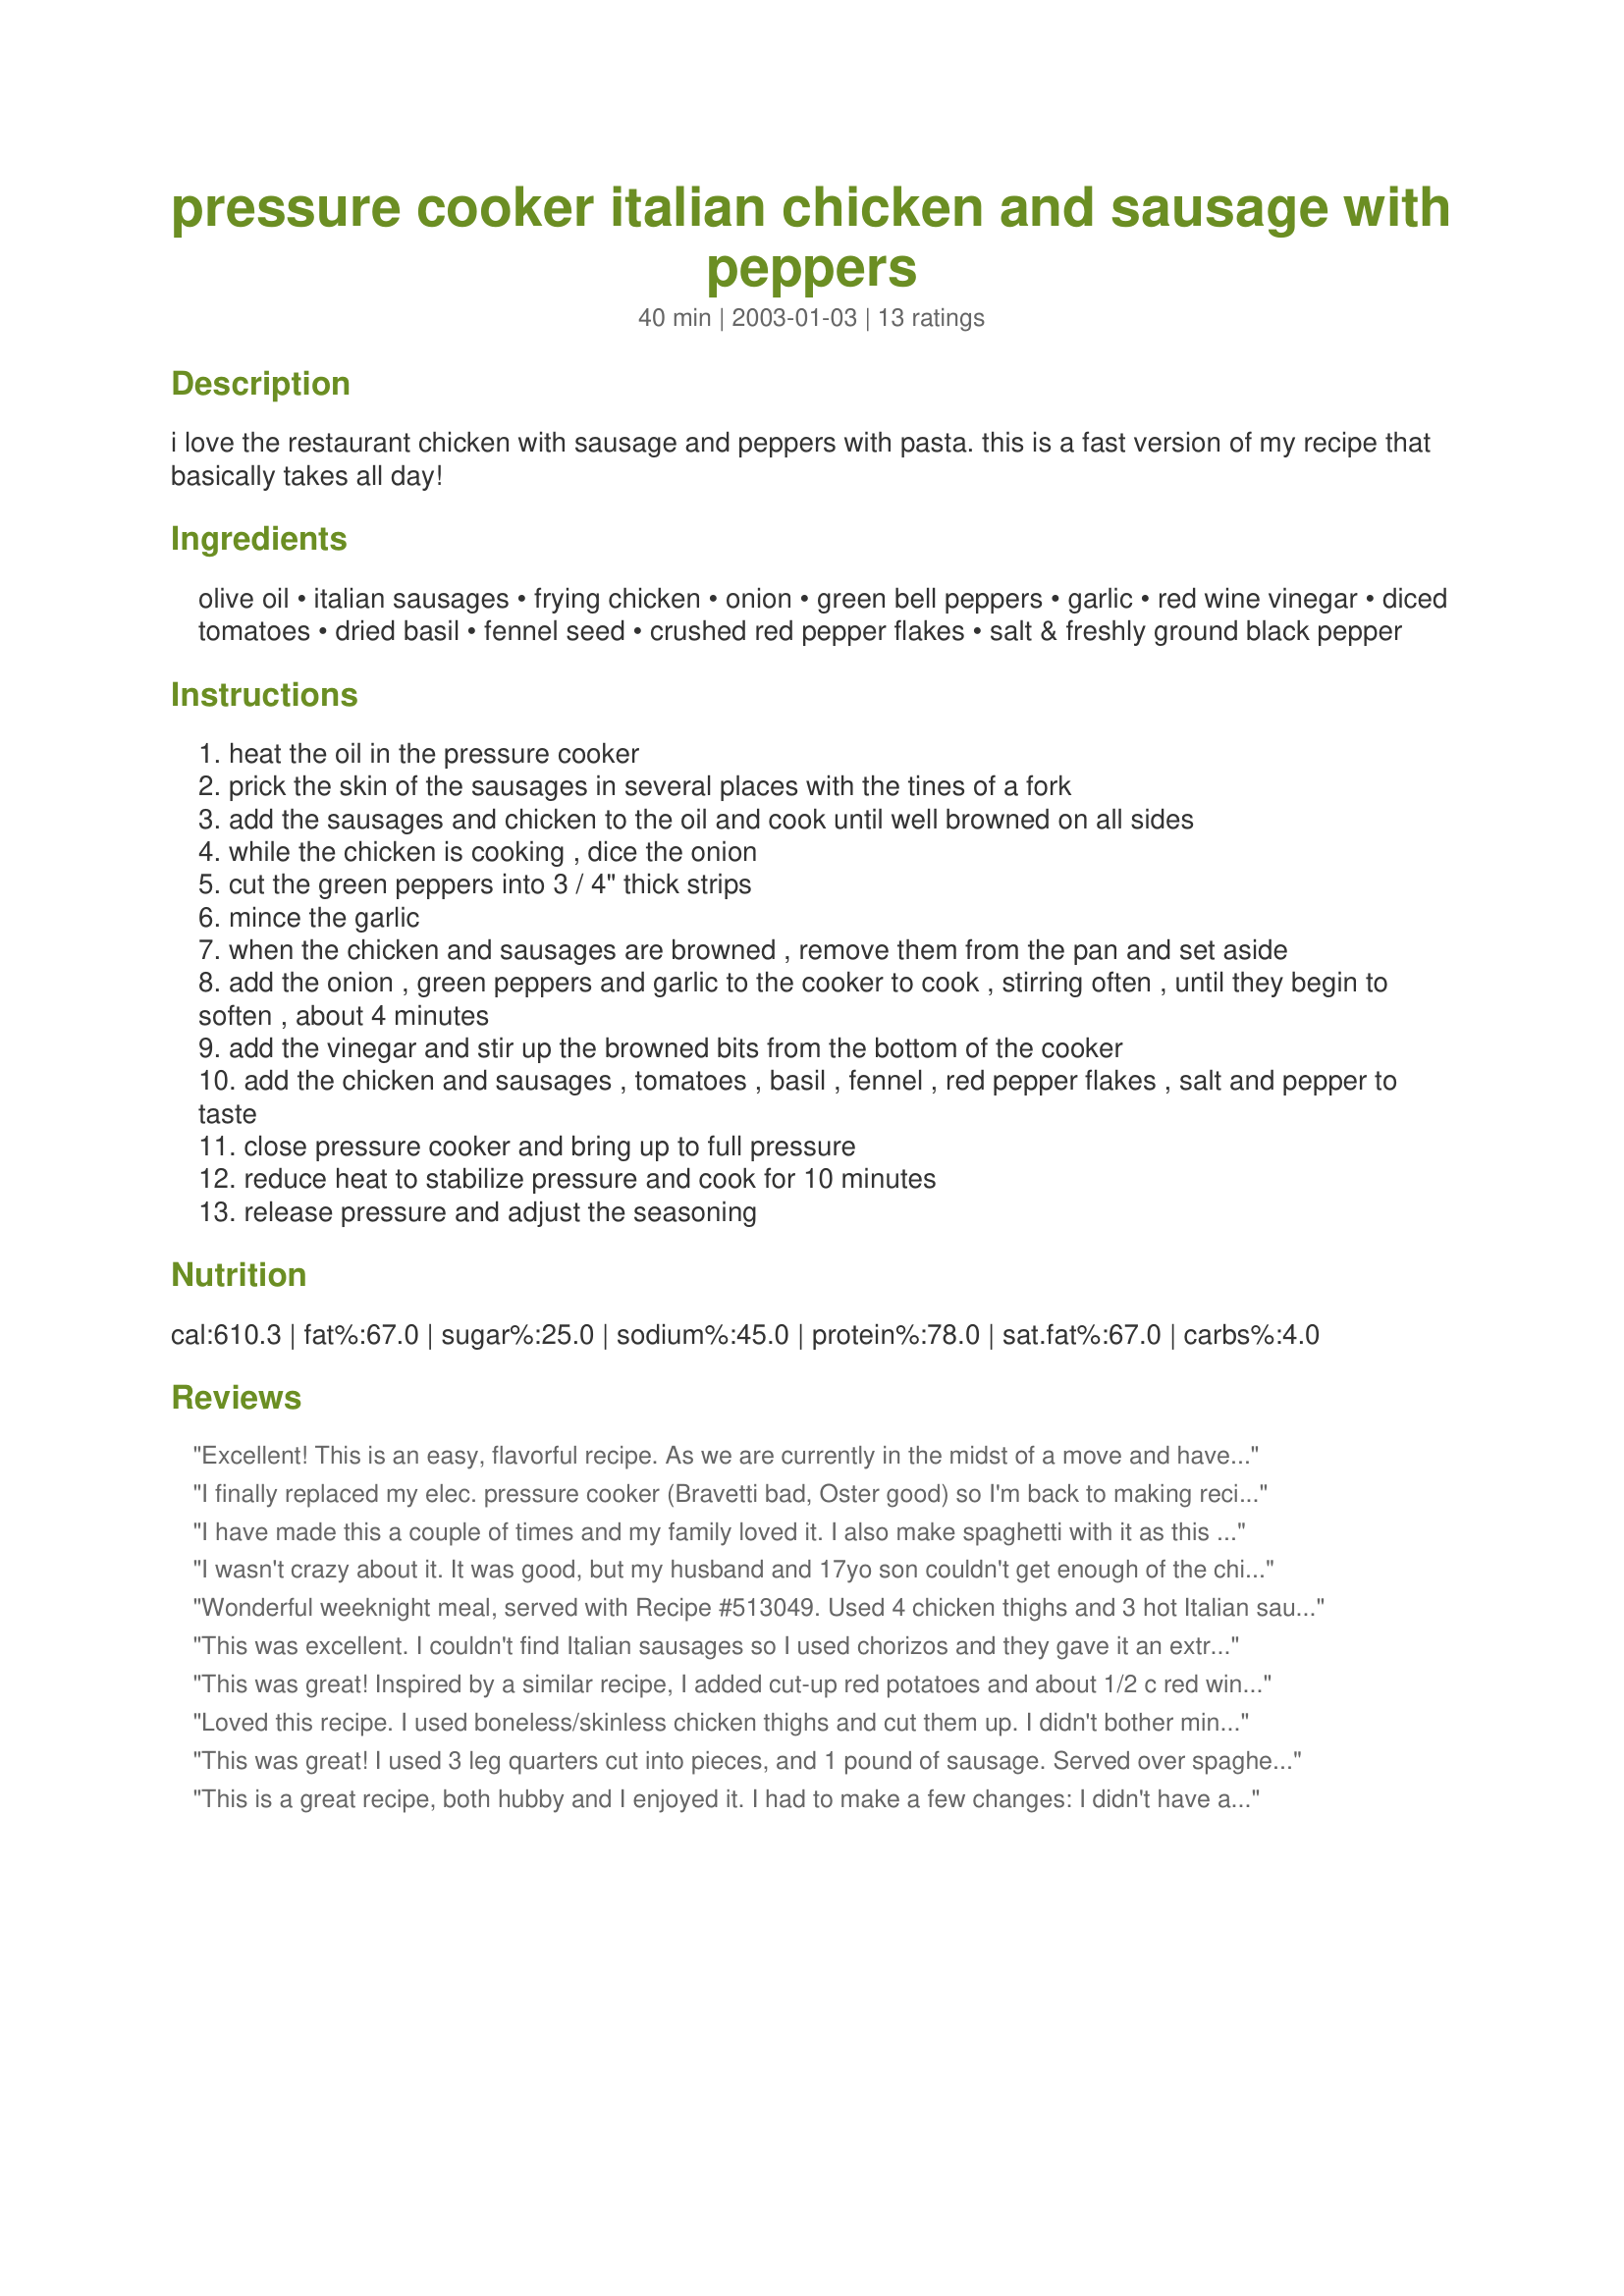
pressure cooker italian chicken and sausage with peppers
Preparation time: 40 minutes

i love the restaurant chicken with sausage and peppers with pasta. this is a fast version of my recipe that basically takes all day!

Ingredients:
olive oil, italian sausages, frying chicken, onion, green bell peppers, garlic, red wine vinegar, diced tomatoes, dried basil, fennel seed, crushed red pepper flakes, salt & freshly ground black pepper

Steps:
heat the oil in the pressure cooker
prick the skin of the sausages in several places with the tines of a fork
add the sausages and chicken to the oil and cook until well browned on all sides
while the chicken is cooking , dice the onion
cut the green peppers into 3 / 4" thick strips
mince the garlic
when the chicken and sausages are browned , remove them from the pan and set aside
add the onion , green peppers and garlic to the cooker to cook , stirring often , until they begin to soften , about 4 minutes
add the vinegar and stir up the browned bits from the bottom of the cooker
add the chicken and sausages , tomatoes , basil , fennel , red pepper flakes , salt and pepper to taste
close pressure cooker and bring up to full pressure
reduce heat to stabilize pressure and cook for 10 minutes
release pressure and adjust the seasoning

Reviews:
Excellent! This is an easy, flavorful recipe. As we are currently in the midst of a move and have but one pot... a pressure cooker... we enjoyed it with a warm flaky loaf of sourdough bread and a garden salad. Very hearty meal that will satisfy the manliest of appetites! Thanks for posting!
I finally replaced my elec. pressure cooker (Bravetti bad, Oster good) so I'm back to making recipes in it. For the chicken I used breasts but everything else did it pretty much as written. Came out very tasty & we enjoyed the hint of licorice flavour from the fennel. Tasty recipe, thanks for sharing.
I have made this a couple of times and my family loved it. I also make spaghetti with it as this comes out a lot like chicken cacciatore. The cooking times are right on the money.
I wasn't crazy about it. It was good, but my husband and 17yo son couldn't get enough of the chicken! Said is was the best and a definite keeper! That makes it highest on my book
Wonderful weeknight meal, served with Recipe #513049. Used 4 chicken thighs and 3 hot Italian sausages, which fed us 2 seniors. I saved the remaining sauce, from which I will discard the congealed fat before topping tomorrow&#039;s potatoes. There may be more gourmet recipes, but this smelled wonderful while cooking and satisfied us completely. I will definitely make this again. Note: used Chef Essentials 6-qt. electric pressure cooker, so extended time at pressure to 12 minutes; after starting cooker&#039;s climb to pressure, I began measuring and rinsing rice for Recipe #513049, which completed before this recipe finished releasing pressure naturally. Made for Zaar Chef Alphabet Soup tag game.
This was excellent. I couldn't find Italian sausages so I used chorizos and they gave it an extra kick but made it a little fatty for me (partner loved it). Next time though I will dice up the chorizos so they are balanced thorughout the dish. This is fantastic food for boys nights, particularly served on rice, and it is great as microwavable leftovers (take the bones out first.)
This was great! Inspired by a similar recipe, I added cut-up red potatoes and about 1/2 c red wine, and 8 oz of mushrooms. This made for a very yummy stewlike one-pot meal with a delicious rich broth. The fennel is a great touch--I think it's a sadly underutilized herb.
Loved this recipe. I used boneless/skinless chicken thighs and cut them up. I didn't bother mincing the garlic, just browned 4 or 5 cloves (we love garlic)... in the pressure the garlic falls apart anyway. You really don't need to follow this exactly and it still comes wonderful.
This was great! I used 3 leg quarters cut into pieces, and 1 pound of sausage. Served over spaghetti with parmesan on top. Yum!
This is a great recipe, both hubby and I enjoyed it. I had to make a few changes: I didn't have a pressure cooker - so cooked it in the oven for about 2 hours (this recipe prompted me to go buy a Pcooker-- I LOVE it!). Since I only had hot Italian sausage handy, I eliminated the red pepper flakes, but I could of left them in -- not too spicy for this TX gal. Also used a frozen bag of chopped green peppers in lieu of fresh peppers. Served with Dreamfield's low-carb pasta -- great since we are both diabetics. Yummy!
Great Recipe! My family loves it as well, I can eat this without pasta. I do substitute red and yellow peppers for the green.
The BF really enjoyed this - although he said it needed more veggies. think I'll increase the amount of the peppers next time and serve it with zucchini or spaghetti squash. I'll be making this often.
Nice.&lt;br/&gt;Used chicken tender since they were on sale. I cut up chicken &amp; sausage prior to browning.&lt;br/&gt;Also added a couple of cans of garbanzo beans since they had to be used up. This is good for using up stuff in the fridge.&lt;br/&gt;Liked the idea of a previous reviewer about serving this over pasta!&lt;br/&gt;Remember to taste and season after it&#039;s done. I like mine spicy so a bit more red pepper flakes were called for.
